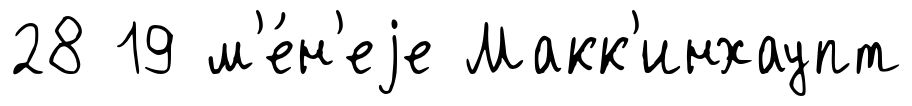
28 19 м'е́н'еjе Макк'инхаупт